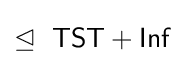
\trianglelefteq \ {\mathsf {TST+Inf}}